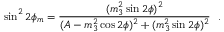
\sin ^ { 2 } 2 \phi _ { m } = { \frac { ( m _ { 3 } ^ { 2 } \sin 2 \phi ) ^ { 2 } } { ( A - m _ { 3 } ^ { 2 } \cos 2 \phi ) ^ { 2 } + ( m _ { 3 } ^ { 2 } \sin 2 \phi ) ^ { 2 } } } \ \ .